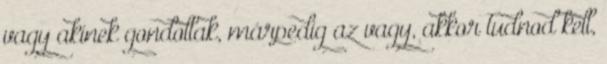
vagy akinek gondollak, márpedig az vagy, akkor tudnod kell,